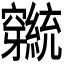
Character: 𬔕